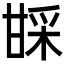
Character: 𬎱